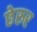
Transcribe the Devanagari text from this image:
छेरुर